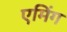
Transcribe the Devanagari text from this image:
एमिंग